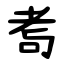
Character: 耉